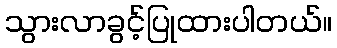
သွားလာခွင့်ပြုထားပါတယ်။